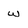
Character: w